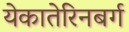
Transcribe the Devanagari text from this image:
येकातेरिनबर्ग